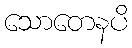
သောတေနပိ